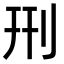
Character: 𠛬